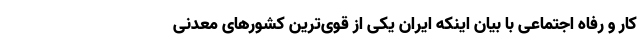
کار و رفاه اجتماعی با بیان اینکه ایران یکی از قوی‌ترین کشورهای معدنی